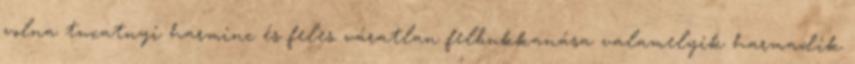
volna tucatnyi harminc és feles váratlan felbukkanása valamelyik harmadik